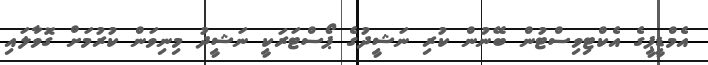
އެމްޑީޕީގެ އެކްޓިވިސްޓުން ބޭނުން ކުރި ނަޝީދުގެ ޕޯސްޓަރަކީ ނަޝީދު މިނިވަން ކުރުމަށް ގޮވާލައި